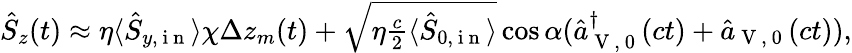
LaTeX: \begin{array}{r}{\hat{S}_{z}(t)\approx\eta\langle\hat{S}_{y,\mathrm{~i~n~}}\rangle\chi\Delta z_{m}(t)+\sqrt{\eta\frac{c}{2}\langle\hat{S}_{0,\mathrm{~i~n~}}\rangle}\cos\alpha(\hat{a}_{\mathrm{~V~,~0~}}^{\dagger}(ct)+\hat{a}_{\mathrm{~V~,~0~}}(ct)),}\end{array}